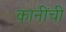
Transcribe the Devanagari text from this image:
कानींची